Civil Veterinary Dept. North-West Frontier Province 1933-46 - 1933-1946
Year: 1933
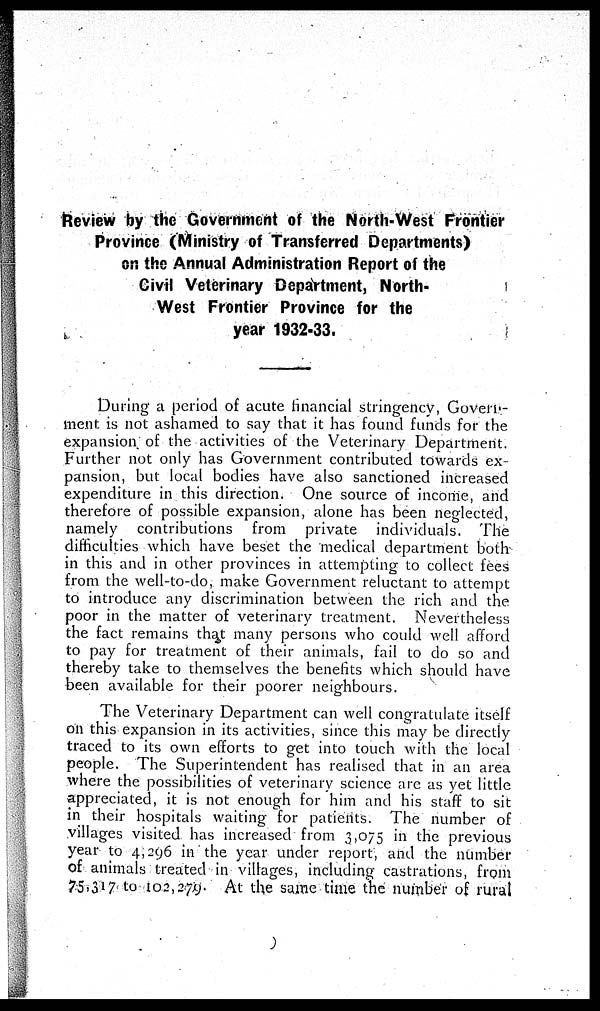
Review by the Government of the North-West Frontier
Province (Ministry of Transferred Departments)
on the Annual Administration Report of the
Civil Veterinary Department, North-
West Frontier Province for the
year 1932-33.
During a period of acute financial stringency, Govern-
ment is not ashamed to say that it has found funds for the
expansion of the activities of the Veterinary Department.
Further not only has Government contributed towards ex-
pansion, but local bodies have also sanctioned increased
expenditure in this direction. One source of income, and
therefore of possible expansion, alone has been neglected,
namely contributions from private individuals. The
difficulties which have beset the medical department both
in this and in other provinces in attempting to collect fees
from the well-to-do, make Government reluctant to attempt
to introduce any discrimination between the rich and the
poor in the matter of veterinary treatment. Nevertheless
the fact remains that many persons who could well afford
to pay for treatment of their animals, fail to do so and
thereby take to themselves the benefits which should have
been available for their poorer neighbours.
The Veterinary Department can well congratulate itself
on this expansion in its activities, since this may be directly
traced to its own efforts to get into touch with the local
people. The Superintendent has realised that in an area
where the possibilities of veterinary science are as yet little
appreciated, it is not enough for him and his staff to sit
in their hospitals waiting for patients. The number of
villages visited has increased from 3,075 in the previous
year to 4,296 in the year under report, and the number
of animals treated in villages, including castrations, from
75,317 to 102,279. At the same time the number of rural